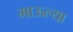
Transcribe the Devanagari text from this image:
माऊल्या